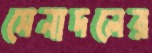
সেনাদলের